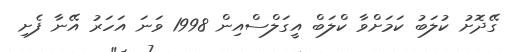
ގޭދޮށު ކުލަބު ކަމަށްވާ ކްލަބް އީގަލްސްއިން 1998 ވަނަ އަހަރު އޭނާ ފެށި